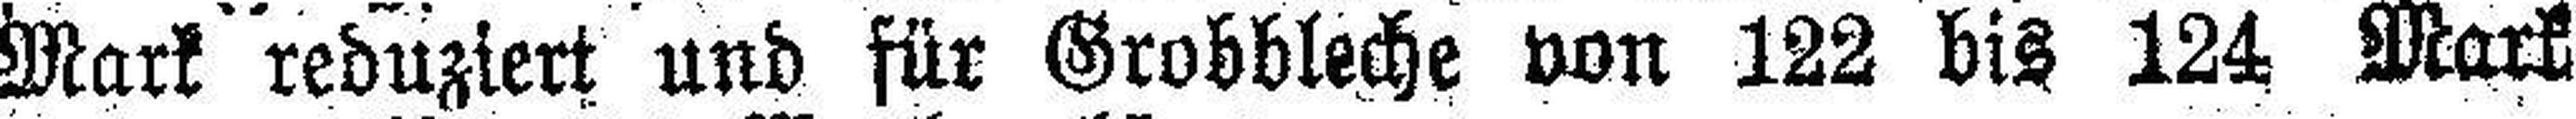
Mark reduziert und für Grobbleche von 122 bis 124 Mark